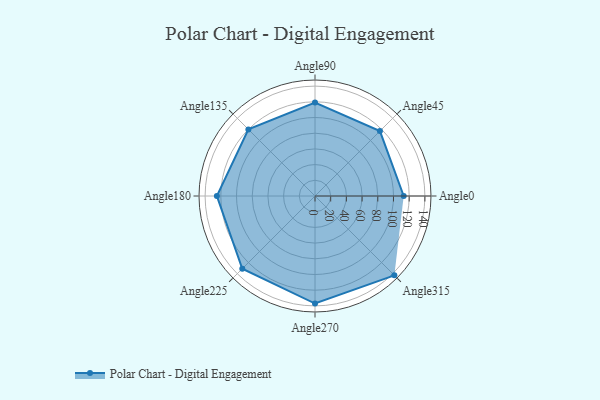
{"axis": {"x": "Angle", "y": "Radius"}, "legend": [""], "data": [{"x": "Angle0", "y": 113.0, "type": ""}, {"x": "Angle45", "y": 117.0, "type": ""}, {"x": "Angle90", "y": 119.0, "type": ""}, {"x": "Angle135", "y": 120.0, "type": ""}, {"x": "Angle180", "y": 125.0, "type": ""}, {"x": "Angle225", "y": 131.0, "type": ""}, {"x": "Angle270", "y": 137.0, "type": ""}, {"x": "Angle315", "y": 143.0, "type": ""}]}